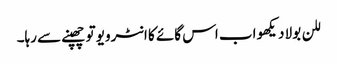
للن بولا دیکھو اب اس گائے کا انٹرویو تو چھپنے سے رہا۔